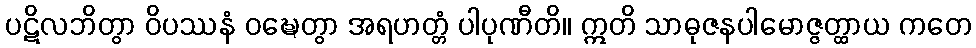
ပဋိလဘိတွာ ဝိပဿနံ ဝဍ္ဎေတွာ အရဟတ္တံ ပါပုဏီတိ။ ဣတိ သာဓုဇနပါမောဇ္ဇတ္ထာယ ကတေ